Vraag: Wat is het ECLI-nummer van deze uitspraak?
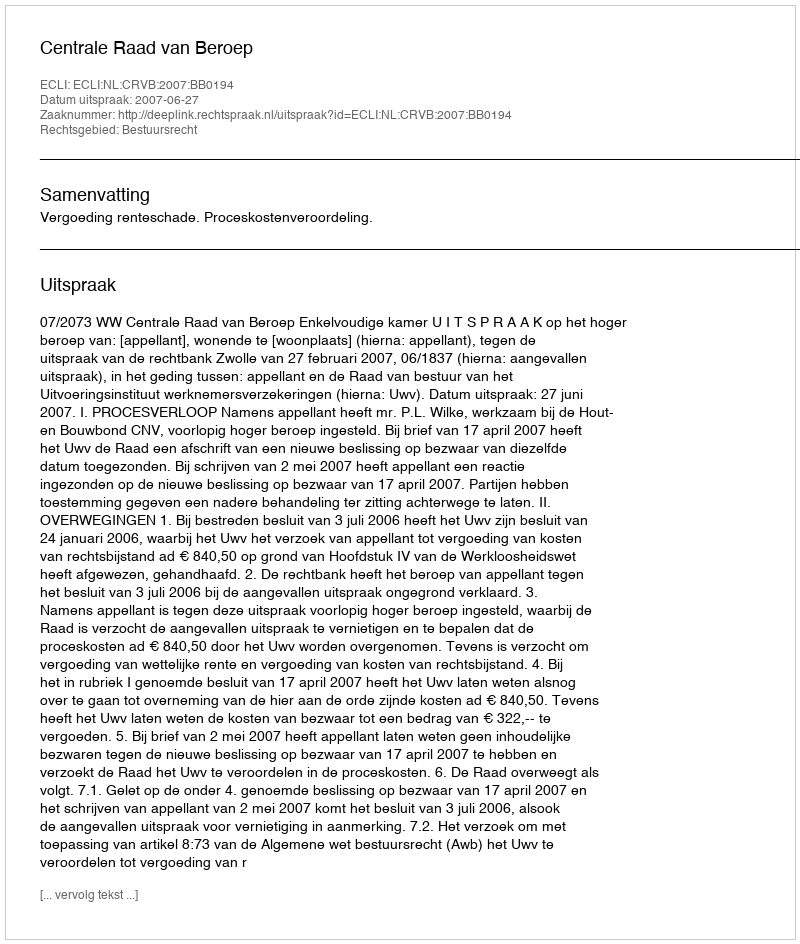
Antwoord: ECLI:NL:CRVB:2007:BB0194